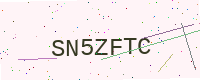
Text: SN5ZFTC